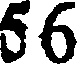
56